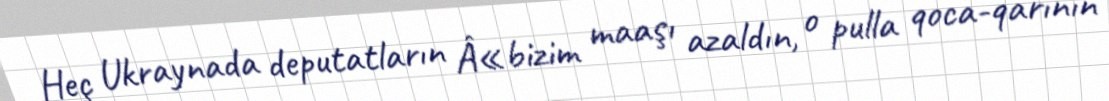
Heç Ukraynada deputatların Â«bizim maaşı azaldın, o pulla qoca-qarının